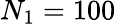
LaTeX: N_{1}=100